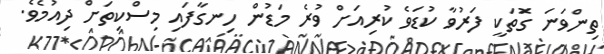
ތިންވަނަ ގޮަތަކީ ފަރުވާ ކުޑަވެ ކުރިއަށް ވުރެ މަޑުން ހިނގާފައި މިސްކިތަށް ދިއުމެވެ.